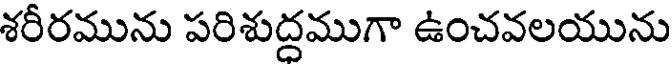
శరీరమును పరిశుద్దముగా ఉంచవలయును